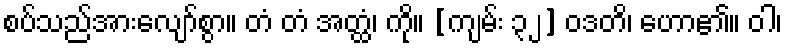
စပ်သည်အားလျော်စွာ။ တံ တံ အတ္ထံ၊ ကို။ [ကျမ်း ၃၂] ဝဒတိ၊ ဟော၏။ ဝါ၊